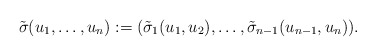
\begin{align*}\tilde{\sigma}(u_1,\dots,u_n) := (\tilde{\sigma}_1(u_1,u_2),\dots, \tilde{\sigma}_{n-1}(u_{n-1},u_n)).\end{align*}